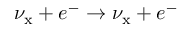
\nu _ { \mathrm { x } } + e ^ { - } \to \nu _ { \mathrm { x } } + e ^ { - }